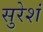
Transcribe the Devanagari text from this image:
सुरेशं